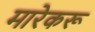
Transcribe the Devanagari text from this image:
मारेकरू